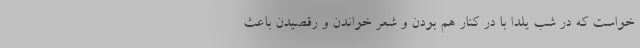
خواست که در شب یلدا با در کنار هم بودن و شعر خواندن و رقصیدن باعث